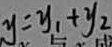
y = y _ { 1 } + y _ { 2 }